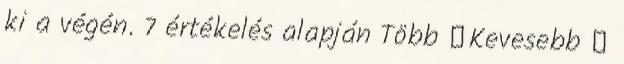
ki a végén. 7 értékelés alapján Több ▼Kevesebb ▲